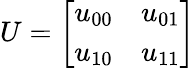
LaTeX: U={\left[\begin{array}{ll}{u_{00}}&{u_{01}}\\ {u_{10}}&{u_{11}}\end{array}\right]}